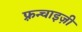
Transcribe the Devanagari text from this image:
फ़्रन्चाइज़ी